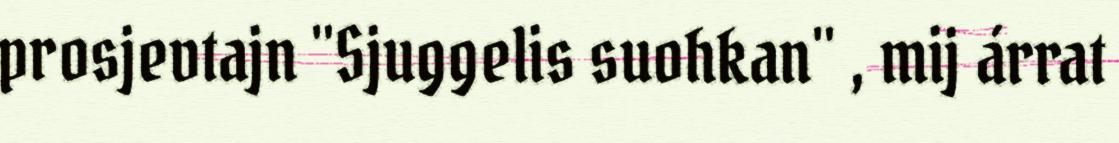
prosjevtajn "Sjuggelis suohkan" , mij árrat